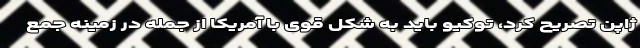
ژاپن تصریح کرد، توکیو باید به شکل قوی با آمریکا از جمله در زمینه جمع